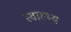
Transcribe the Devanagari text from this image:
स्‍वास्थ्य